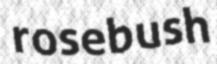
rosebush